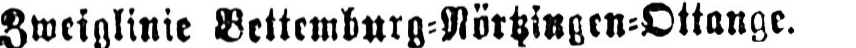
Zweiglinie Bettemburg⸗Nörtzingen⸗Ottange.